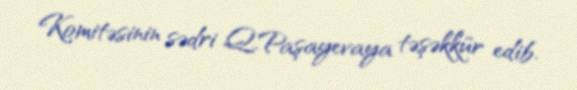
Komitəsinin sədri Q.Paşayevaya təşəkkür edib.